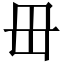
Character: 毌